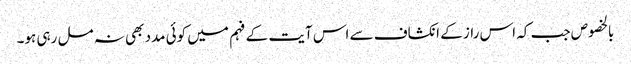
بالخصوص جب کہ اس راز کے انکشاف سے اس آیت کے فہم میں کوئی مدد بھی نہ مل رہی ہو۔